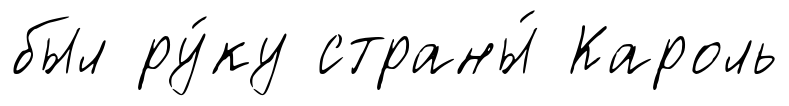
был ру́ку страны́ Кароль